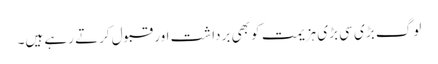
لوگ بڑی سی بڑی ہزیمت کو بھی برداشت اور قبول کرتے رہے ہیں۔